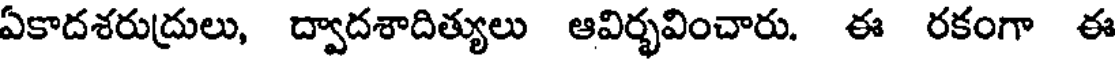
ఏకాదశరుద్రులు, ద్వాదశాదిత్యులు ఆవిర్భవించారు. ఈ రకంగా ఈ